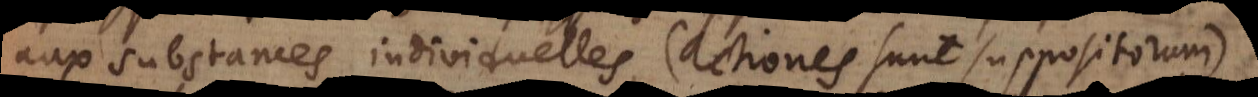
aux substances individuelles (actiones sunt suppositorum),